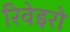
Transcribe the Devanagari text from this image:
रिवेइरो